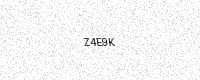
Text: Z4E9K